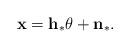
LaTeX: \begin{align*}\mathbf{x}=\mathbf{h}_\ast\theta+\mathbf{n}_\ast.\end{align*}